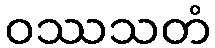
ဝဿသတံ